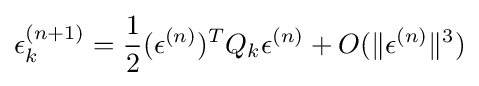
\epsilon _{k}^{(n+1)}={\frac {1}{2}}(\epsilon ^{(n)})^{T}Q_{k}\epsilon ^{(n)}+O(\|\epsilon ^{(n)}\|^{3})